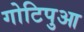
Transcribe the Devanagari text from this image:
गोटिपुआ